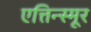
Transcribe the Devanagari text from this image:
एत्तिन्स्मूर